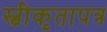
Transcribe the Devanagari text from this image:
स्वीकृतापत्र